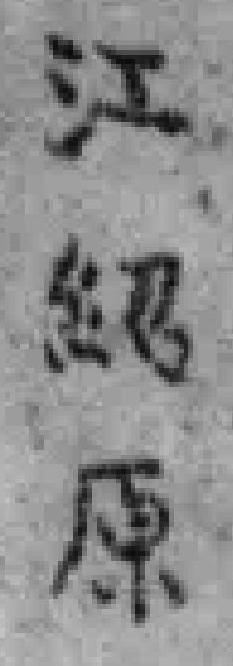
江紹原